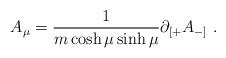
LaTeX: \begin{align*}A_\mu=\frac{1}{m\cosh\mu\sinh\mu}\partial_{[+}A_{-]}\ .\end{align*}